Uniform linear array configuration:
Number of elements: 32
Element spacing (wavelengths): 0.5
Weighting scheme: binomial
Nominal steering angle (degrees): -45
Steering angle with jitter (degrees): -43.598
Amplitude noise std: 0.05
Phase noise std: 0.05

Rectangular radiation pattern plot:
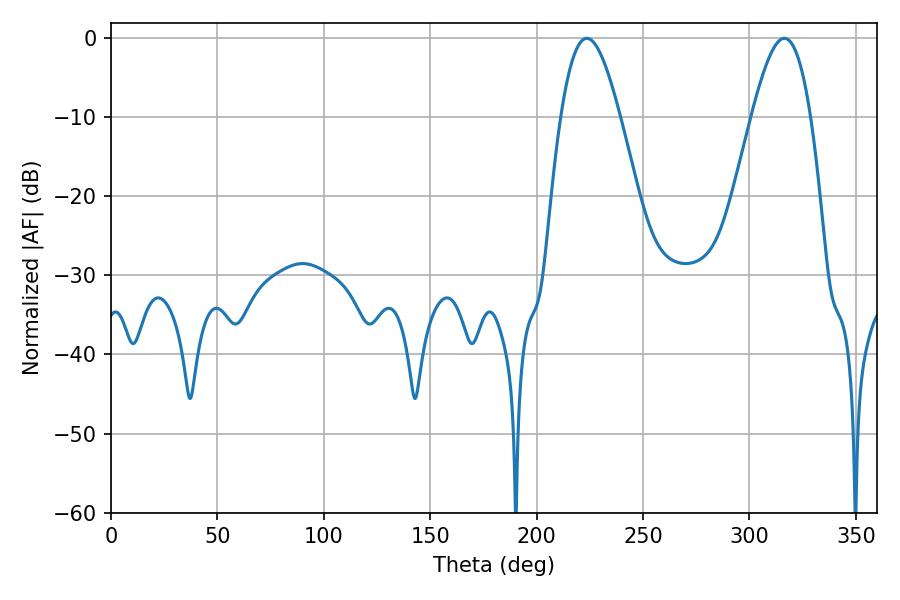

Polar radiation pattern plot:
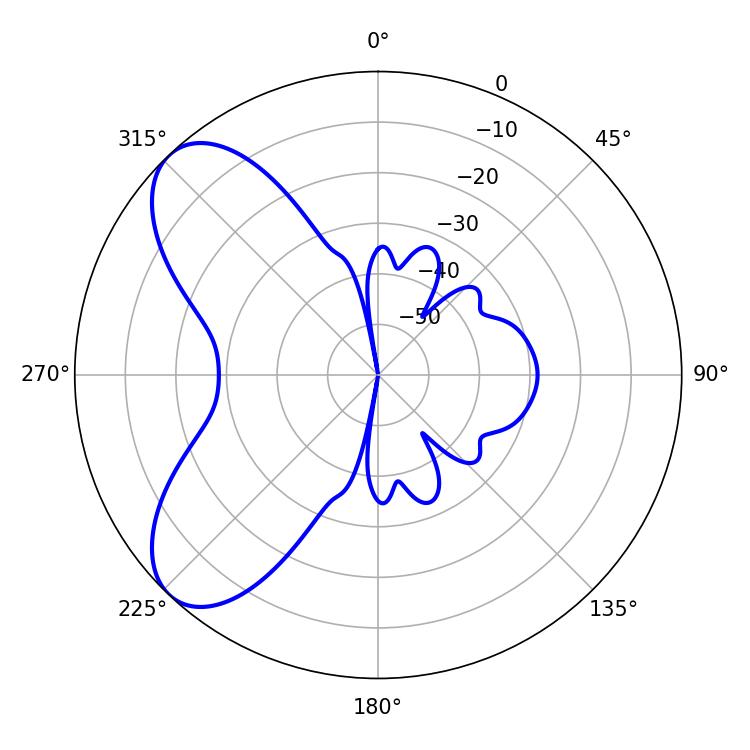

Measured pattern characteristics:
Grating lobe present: FALSE
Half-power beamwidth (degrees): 14.94
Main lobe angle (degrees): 223.56